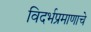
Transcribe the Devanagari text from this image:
विदर्भप्रमाणाचे